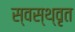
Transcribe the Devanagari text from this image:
स्वस्थ्वृत